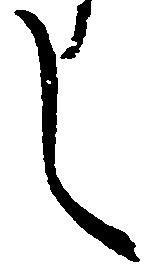
し